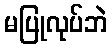
မပြုလုပ်ဘဲ